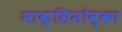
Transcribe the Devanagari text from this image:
माक्सिमोव्का